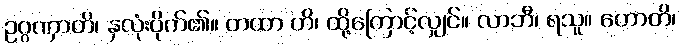
ဥဂ္ဂဏှာတိ၊ နှလုံးပိုက်၏။ တထာ ဟိ၊ ထို့ကြောင့်လျှင်။ လာဘီ၊ ရသူ။ ဟောတိ၊